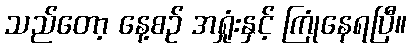
သည်တော့ နေ့စဉ် အရှုံးနှင့် ကြုံနေရပြီ။